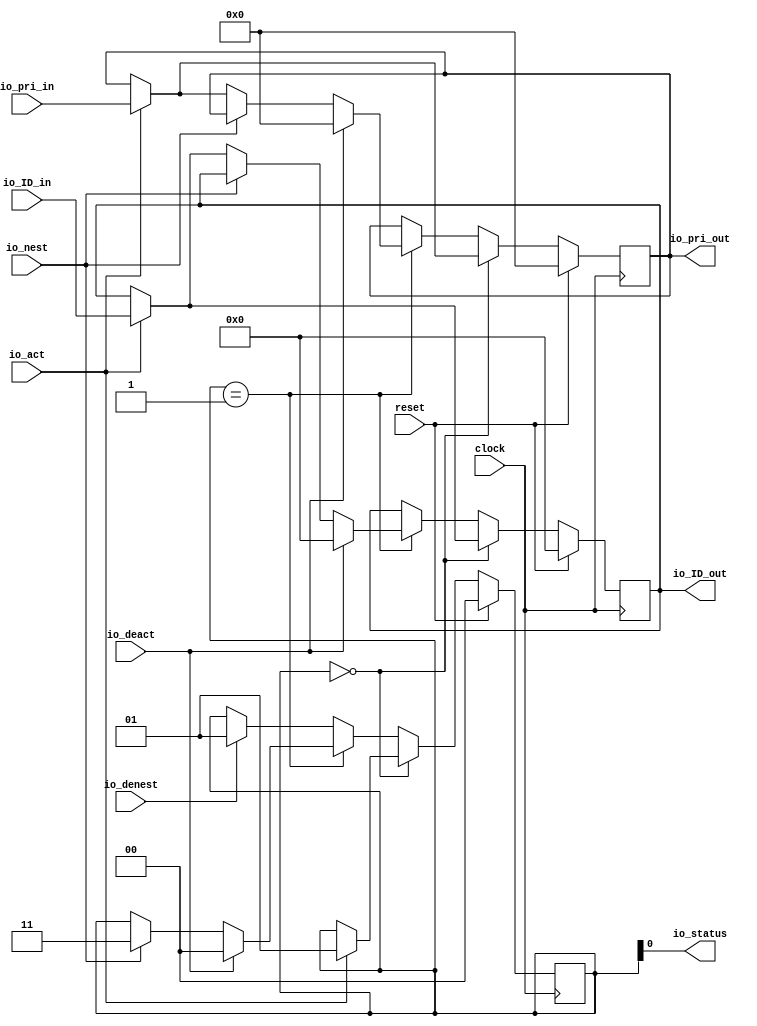
module Int_status(
  input        clock,
  input        reset,
  input  [4:0] io_pri_in,
  output [4:0] io_pri_out,
  input  [3:0] io_ID_in,
  output [3:0] io_ID_out,
  input        io_act,
  input        io_deact,
  input        io_nest,
  input        io_denest,
  output       io_status
);
`ifdef RANDOMIZE_REG_INIT
  reg [31:0] _RAND_0;
  reg [31:0] _RAND_1;
  reg [31:0] _RAND_2;
`endif // RANDOMIZE_REG_INIT
  reg [4:0] Priority; // @[Int_nesting.scala 6:23]
  reg [3:0] Int_ID; // @[Int_nesting.scala 7:21]
  reg [1:0] Status; // @[Int_nesting.scala 8:21]
  wire  _T = Status == 2'h0; // @[Int_nesting.scala 26:14]
  wire [4:0] _GEN_0 = io_act ? io_pri_in : Priority; // @[Int_nesting.scala 29:5 30:15 6:23]
  wire [3:0] _GEN_1 = io_act ? io_ID_in : Int_ID; // @[Int_nesting.scala 29:5 31:13 7:21]
  wire  _T_2 = Status == 2'h1; // @[Int_nesting.scala 34:20]
  wire [1:0] _GEN_5 = io_nest ? 2'h3 : Status; // @[Int_nesting.scala 42:5 43:13 8:21]
  wire [4:0] _GEN_6 = io_nest ? Priority : _GEN_0; // @[Int_nesting.scala 42:5 6:23]
  wire [3:0] _GEN_7 = io_nest ? Int_ID : _GEN_1; // @[Int_nesting.scala 42:5 7:21]
  assign io_pri_out = Priority; // @[Int_nesting.scala 22:13]
  assign io_ID_out = Int_ID; // @[Int_nesting.scala 23:12]
  assign io_status = Status[0]; // @[Int_nesting.scala 24:12]
  always @(posedge clock) begin
    if (reset) begin // @[Int_nesting.scala 6:23]
      Priority <= 5'h0; // @[Int_nesting.scala 6:23]
    end else if (_T) begin // @[Int_nesting.scala 27:3]
      if (io_act) begin // @[Int_nesting.scala 29:5]
        Priority <= io_pri_in; // @[Int_nesting.scala 30:15]
      end
    end else if (_T_2) begin // @[Int_nesting.scala 35:3]
      if (io_deact) begin // @[Int_nesting.scala 37:5]
        Priority <= 5'h0; // @[Int_nesting.scala 38:15]
      end else begin
        Priority <= _GEN_6;
      end
    end
    if (reset) begin // @[Int_nesting.scala 7:21]
      Int_ID <= 4'h0; // @[Int_nesting.scala 7:21]
    end else if (_T) begin // @[Int_nesting.scala 27:3]
      if (io_act) begin // @[Int_nesting.scala 29:5]
        Int_ID <= io_ID_in; // @[Int_nesting.scala 31:13]
      end
    end else if (_T_2) begin // @[Int_nesting.scala 35:3]
      if (io_deact) begin // @[Int_nesting.scala 37:5]
        Int_ID <= 4'h0; // @[Int_nesting.scala 39:13]
      end else begin
        Int_ID <= _GEN_7;
      end
    end
    if (reset) begin // @[Int_nesting.scala 8:21]
      Status <= 2'h0; // @[Int_nesting.scala 8:21]
    end else if (_T) begin // @[Int_nesting.scala 27:3]
      if (io_act) begin // @[Int_nesting.scala 29:5]
        Status <= 2'h1; // @[Int_nesting.scala 32:13]
      end
    end else if (_T_2) begin // @[Int_nesting.scala 35:3]
      if (io_deact) begin // @[Int_nesting.scala 37:5]
        Status <= 2'h0; // @[Int_nesting.scala 40:13]
      end else begin
        Status <= _GEN_5;
      end
    end else if (io_denest) begin // @[Int_nesting.scala 51:5]
      Status <= 2'h1; // @[Int_nesting.scala 52:13]
    end
  end
// Register and memory initialization
`ifdef RANDOMIZE_GARBAGE_ASSIGN
`define RANDOMIZE
`endif
`ifdef RANDOMIZE_INVALID_ASSIGN
`define RANDOMIZE
`endif
`ifdef RANDOMIZE_REG_INIT
`define RANDOMIZE
`endif
`ifdef RANDOMIZE_MEM_INIT
`define RANDOMIZE
`endif
`ifndef RANDOM
`define RANDOM $random
`endif
`ifdef RANDOMIZE_MEM_INIT
  integer initvar;
`endif
`ifndef SYNTHESIS
`ifdef FIRRTL_BEFORE_INITIAL
`FIRRTL_BEFORE_INITIAL
`endif
initial begin
  `ifdef RANDOMIZE
    `ifdef INIT_RANDOM
      `INIT_RANDOM
    `endif
    `ifndef VERILATOR
      `ifdef RANDOMIZE_DELAY
        #`RANDOMIZE_DELAY begin end
      `else
        #0.002 begin end
      `endif
    `endif
`ifdef RANDOMIZE_REG_INIT
  _RAND_0 = {1{`RANDOM}};
  Priority = _RAND_0[4:0];
  _RAND_1 = {1{`RANDOM}};
  Int_ID = _RAND_1[3:0];
  _RAND_2 = {1{`RANDOM}};
  Status = _RAND_2[1:0];
`endif // RANDOMIZE_REG_INIT
  `endif // RANDOMIZE
end // initial
`ifdef FIRRTL_AFTER_INITIAL
`FIRRTL_AFTER_INITIAL
`endif
`endif // SYNTHESIS
endmodule
module Int_nesting(
  input        clock,
  input        reset,
  output       io_empty,
  output [4:0] io_current_pri,
  input        io_nest_disable,
  output [4:0] io_nested_pri,
  input  [4:0] io_coming_pri,
  output       io_is_nesting,
  output [3:0] io_current_ID,
  input  [3:0] io_coming_ID,
  output [3:0] io_nested_ID,
  output       io_en_nest,
  output       io_de_nest,
  input        io_is_pending,
  input        io_int_fin
);
`ifdef RANDOMIZE_REG_INIT
  reg [31:0] _RAND_0;
`endif // RANDOMIZE_REG_INIT
  wire  Int_status_clock; // @[Int_nesting.scala 63:23]
  wire  Int_status_reset; // @[Int_nesting.scala 63:23]
  wire [4:0] Int_status_io_pri_in; // @[Int_nesting.scala 63:23]
  wire [4:0] Int_status_io_pri_out; // @[Int_nesting.scala 63:23]
  wire [3:0] Int_status_io_ID_in; // @[Int_nesting.scala 63:23]
  wire [3:0] Int_status_io_ID_out; // @[Int_nesting.scala 63:23]
  wire  Int_status_io_act; // @[Int_nesting.scala 63:23]
  wire  Int_status_io_deact; // @[Int_nesting.scala 63:23]
  wire  Int_status_io_nest; // @[Int_nesting.scala 63:23]
  wire  Int_status_io_denest; // @[Int_nesting.scala 63:23]
  wire  Int_status_io_status; // @[Int_nesting.scala 63:23]
  wire  Int_status_1_clock; // @[Int_nesting.scala 63:23]
  wire  Int_status_1_reset; // @[Int_nesting.scala 63:23]
  wire [4:0] Int_status_1_io_pri_in; // @[Int_nesting.scala 63:23]
  wire [4:0] Int_status_1_io_pri_out; // @[Int_nesting.scala 63:23]
  wire [3:0] Int_status_1_io_ID_in; // @[Int_nesting.scala 63:23]
  wire [3:0] Int_status_1_io_ID_out; // @[Int_nesting.scala 63:23]
  wire  Int_status_1_io_act; // @[Int_nesting.scala 63:23]
  wire  Int_status_1_io_deact; // @[Int_nesting.scala 63:23]
  wire  Int_status_1_io_nest; // @[Int_nesting.scala 63:23]
  wire  Int_status_1_io_denest; // @[Int_nesting.scala 63:23]
  wire  Int_status_1_io_status; // @[Int_nesting.scala 63:23]
  wire  Int_status_2_clock; // @[Int_nesting.scala 63:23]
  wire  Int_status_2_reset; // @[Int_nesting.scala 63:23]
  wire [4:0] Int_status_2_io_pri_in; // @[Int_nesting.scala 63:23]
  wire [4:0] Int_status_2_io_pri_out; // @[Int_nesting.scala 63:23]
  wire [3:0] Int_status_2_io_ID_in; // @[Int_nesting.scala 63:23]
  wire [3:0] Int_status_2_io_ID_out; // @[Int_nesting.scala 63:23]
  wire  Int_status_2_io_act; // @[Int_nesting.scala 63:23]
  wire  Int_status_2_io_deact; // @[Int_nesting.scala 63:23]
  wire  Int_status_2_io_nest; // @[Int_nesting.scala 63:23]
  wire  Int_status_2_io_denest; // @[Int_nesting.scala 63:23]
  wire  Int_status_2_io_status; // @[Int_nesting.scala 63:23]
  wire  Int_status_3_clock; // @[Int_nesting.scala 63:23]
  wire  Int_status_3_reset; // @[Int_nesting.scala 63:23]
  wire [4:0] Int_status_3_io_pri_in; // @[Int_nesting.scala 63:23]
  wire [4:0] Int_status_3_io_pri_out; // @[Int_nesting.scala 63:23]
  wire [3:0] Int_status_3_io_ID_in; // @[Int_nesting.scala 63:23]
  wire [3:0] Int_status_3_io_ID_out; // @[Int_nesting.scala 63:23]
  wire  Int_status_3_io_act; // @[Int_nesting.scala 63:23]
  wire  Int_status_3_io_deact; // @[Int_nesting.scala 63:23]
  wire  Int_status_3_io_nest; // @[Int_nesting.scala 63:23]
  wire  Int_status_3_io_denest; // @[Int_nesting.scala 63:23]
  wire  Int_status_3_io_status; // @[Int_nesting.scala 63:23]
  reg [1:0] StatusPtr; // @[Int_nesting.scala 65:24]
  wire  _io_empty_T = StatusPtr == 2'h0; // @[Int_nesting.scala 103:23]
  wire  _io_empty_T_2 = StatusPtr == 2'h0 & ~Int_status_io_status; // @[Int_nesting.scala 103:30]
  wire  _T = ~io_nest_disable; // @[Int_nesting.scala 112:23]
  wire  _T_7 = _io_empty_T & Int_status_io_status; // @[Int_nesting.scala 121:35]
  wire [4:0] _CurrentPri_T_2 = _io_empty_T ? 5'h1f : 5'h0; // @[Bitwise.scala 77:12]
  wire [4:0] _CurrentPri_T_3 = _CurrentPri_T_2 & Int_status_io_pri_out; // @[Int_nesting.scala 238:52]
  wire  _CurrentPri_T_4 = StatusPtr == 2'h1; // @[Int_nesting.scala 239:31]
  wire [4:0] _CurrentPri_T_6 = _CurrentPri_T_4 ? 5'h1f : 5'h0; // @[Bitwise.scala 77:12]
  wire [4:0] _CurrentPri_T_7 = _CurrentPri_T_6 & Int_status_1_io_pri_out; // @[Int_nesting.scala 239:40]
  wire [4:0] _CurrentPri_T_8 = _CurrentPri_T_3 | _CurrentPri_T_7; // @[Int_nesting.scala 238:78]
  wire  _CurrentPri_T_9 = StatusPtr == 2'h2; // @[Int_nesting.scala 240:31]
  wire [4:0] _CurrentPri_T_11 = _CurrentPri_T_9 ? 5'h1f : 5'h0; // @[Bitwise.scala 77:12]
  wire [4:0] _CurrentPri_T_12 = _CurrentPri_T_11 & Int_status_2_io_pri_out; // @[Int_nesting.scala 240:40]
  wire [4:0] _CurrentPri_T_13 = _CurrentPri_T_8 | _CurrentPri_T_12; // @[Int_nesting.scala 239:66]
  wire  _CurrentPri_T_14 = StatusPtr == 2'h3; // @[Int_nesting.scala 241:31]
  wire [4:0] _CurrentPri_T_16 = _CurrentPri_T_14 ? 5'h1f : 5'h0; // @[Bitwise.scala 77:12]
  wire [4:0] _CurrentPri_T_17 = _CurrentPri_T_16 & Int_status_3_io_pri_out; // @[Int_nesting.scala 241:40]
  wire [4:0] CurrentPri = _CurrentPri_T_13 | _CurrentPri_T_17; // @[Int_nesting.scala 240:66]
  wire  _T_11 = io_coming_pri[4:3] > CurrentPri[4:3]; // @[Int_nesting.scala 128:57]
  wire [1:0] _GEN_0 = _T_11 ? 2'h1 : StatusPtr; // @[Int_nesting.scala 129:9 130:20 65:24]
  wire [1:0] _GEN_1 = _T_11 ? 2'h2 : 2'h0; // @[Int_nesting.scala 129:9 131:20]
  wire [3:0] _GEN_3 = _T_11 ? io_coming_ID : 4'h0; // @[Int_nesting.scala 129:9 133:24]
  wire [4:0] _GEN_4 = _T_11 ? io_coming_pri : 5'h0; // @[Int_nesting.scala 129:9 134:26]
  wire [1:0] _GEN_5 = io_int_fin ? 2'h1 : _GEN_1; // @[Int_nesting.scala 124:9 125:20]
  wire [3:0] _GEN_6 = io_int_fin ? io_coming_ID : 4'h0; // @[Int_nesting.scala 124:9 126:25]
  wire [4:0] _GEN_7 = io_int_fin ? io_coming_pri : 5'h0; // @[Int_nesting.scala 124:9 127:26]
  wire [1:0] _GEN_8 = io_int_fin ? StatusPtr : _GEN_0; // @[Int_nesting.scala 124:9 65:24]
  wire  _GEN_9 = io_int_fin ? 1'h0 : _T_11; // @[Int_nesting.scala 124:9]
  wire [3:0] _GEN_10 = io_int_fin ? 4'h0 : _GEN_3; // @[Int_nesting.scala 124:9]
  wire [4:0] _GEN_11 = io_int_fin ? 5'h0 : _GEN_4; // @[Int_nesting.scala 124:9]
  wire [4:0] _NestedPri_T_3 = _CurrentPri_T_6 & Int_status_io_pri_out; // @[Int_nesting.scala 247:40]
  wire [4:0] _NestedPri_T_8 = _CurrentPri_T_11 & Int_status_1_io_pri_out; // @[Int_nesting.scala 248:40]
  wire [4:0] _NestedPri_T_9 = _NestedPri_T_3 | _NestedPri_T_8; // @[Int_nesting.scala 247:66]
  wire [4:0] _NestedPri_T_13 = _CurrentPri_T_16 & Int_status_2_io_pri_out; // @[Int_nesting.scala 249:40]
  wire [4:0] NestedPri = _NestedPri_T_9 | _NestedPri_T_13; // @[Int_nesting.scala 248:66]
  wire  _T_16 = io_coming_pri[4:3] > NestedPri[4:3]; // @[Int_nesting.scala 141:53]
  wire [3:0] _GEN_12 = _T_16 ? 4'h8 : 4'h0; // @[Int_nesting.scala 142:11 143:22]
  wire [3:0] _GEN_13 = _T_16 ? io_coming_ID : 4'h0; // @[Int_nesting.scala 142:11 144:26]
  wire [4:0] _GEN_14 = _T_16 ? io_coming_pri : 5'h0; // @[Int_nesting.scala 142:11 145:27]
  wire [3:0] _GEN_15 = _T_16 ? 4'h0 : 4'h8; // @[Int_nesting.scala 142:11 148:24]
  wire [2:0] _GEN_16 = _T_16 ? 3'h0 : 3'h4; // @[Int_nesting.scala 142:11 149:25]
  wire [1:0] _GEN_17 = _T_16 ? StatusPtr : 2'h2; // @[Int_nesting.scala 142:11 150:22 65:24]
  wire  _GEN_18 = _T_16 ? 1'h0 : 1'h1; // @[Int_nesting.scala 142:11 151:19]
  wire [3:0] _GEN_19 = io_int_fin ? _GEN_12 : 4'h0; // @[Int_nesting.scala 140:9]
  wire [3:0] _GEN_20 = io_int_fin ? _GEN_13 : 4'h0; // @[Int_nesting.scala 140:9]
  wire [4:0] _GEN_21 = io_int_fin ? _GEN_14 : 5'h0; // @[Int_nesting.scala 140:9]
  wire [3:0] _GEN_22 = io_int_fin ? _GEN_15 : 4'h0; // @[Int_nesting.scala 140:9]
  wire [2:0] _GEN_23 = io_int_fin ? _GEN_16 : 3'h0; // @[Int_nesting.scala 140:9]
  wire [1:0] _GEN_24 = io_int_fin ? _GEN_17 : StatusPtr; // @[Int_nesting.scala 140:9 65:24]
  wire  _GEN_25 = io_int_fin & _GEN_18; // @[Int_nesting.scala 140:9]
  wire [1:0] _GEN_26 = _T_16 ? 2'h2 : 2'h0; // @[Int_nesting.scala 159:11 160:22]
  wire [1:0] _GEN_29 = _T_16 ? 2'h0 : 2'h2; // @[Int_nesting.scala 159:11 165:24]
  wire [1:0] _GEN_31 = _T_16 ? StatusPtr : 2'h0; // @[Int_nesting.scala 159:11 167:23 65:24]
  wire [2:0] _GEN_34 = _T_11 ? 3'h4 : 3'h0; // @[Int_nesting.scala 173:11 176:22]
  wire [1:0] _GEN_37 = _T_11 ? 2'h2 : StatusPtr; // @[Int_nesting.scala 173:11 179:22 65:24]
  wire [2:0] _GEN_38 = io_int_fin ? {{1'd0}, _GEN_26} : _GEN_34; // @[Int_nesting.scala 157:9]
  wire [1:0] _GEN_41 = io_int_fin ? _GEN_29 : 2'h0; // @[Int_nesting.scala 157:9]
  wire [1:0] _GEN_43 = io_int_fin ? _GEN_31 : _GEN_37; // @[Int_nesting.scala 157:9]
  wire [1:0] _GEN_46 = io_int_fin ? 2'h0 : _GEN_1; // @[Int_nesting.scala 157:9]
  wire [2:0] _GEN_48 = _T_16 ? 3'h4 : 3'h0; // @[Int_nesting.scala 187:11 188:22]
  wire [3:0] _GEN_57 = _T_11 ? 4'h8 : 4'h0; // @[Int_nesting.scala 200:11 204:22]
  wire [1:0] _GEN_58 = _T_11 ? 2'h3 : StatusPtr; // @[Int_nesting.scala 200:11 205:22 65:24]
  wire [3:0] _GEN_60 = io_int_fin ? {{1'd0}, _GEN_48} : _GEN_57; // @[Int_nesting.scala 185:9]
  wire [1:0] _GEN_64 = io_int_fin ? _GEN_17 : _GEN_58; // @[Int_nesting.scala 185:9]
  wire [2:0] _GEN_68 = io_int_fin ? 3'h0 : _GEN_34; // @[Int_nesting.scala 185:9]
  wire [3:0] _GEN_70 = _CurrentPri_T_4 ? {{1'd0}, _GEN_38} : _GEN_60; // @[Int_nesting.scala 155:7]
  wire [3:0] _GEN_71 = _CurrentPri_T_4 ? _GEN_20 : 4'h0; // @[Int_nesting.scala 155:7]
  wire [4:0] _GEN_72 = _CurrentPri_T_4 ? _GEN_21 : 5'h0; // @[Int_nesting.scala 155:7]
  wire [2:0] _GEN_73 = _CurrentPri_T_4 ? {{1'd0}, _GEN_41} : _GEN_23; // @[Int_nesting.scala 155:7]
  wire  _GEN_74 = _CurrentPri_T_4 & _GEN_25; // @[Int_nesting.scala 155:7]
  wire [1:0] _GEN_75 = _CurrentPri_T_4 ? _GEN_43 : _GEN_64; // @[Int_nesting.scala 155:7]
  wire  _GEN_76 = _CurrentPri_T_4 ? _GEN_25 : _GEN_25; // @[Int_nesting.scala 155:7]
  wire [3:0] _GEN_77 = _CurrentPri_T_4 ? _GEN_10 : _GEN_20; // @[Int_nesting.scala 155:7]
  wire [4:0] _GEN_78 = _CurrentPri_T_4 ? _GEN_11 : _GEN_21; // @[Int_nesting.scala 155:7]
  wire [2:0] _GEN_79 = _CurrentPri_T_4 ? {{1'd0}, _GEN_46} : _GEN_68; // @[Int_nesting.scala 155:7]
  wire  _GEN_80 = _CurrentPri_T_4 ? _GEN_9 : _GEN_9; // @[Int_nesting.scala 155:7]
  wire [3:0] _GEN_81 = _CurrentPri_T_4 ? 4'h0 : _GEN_10; // @[Int_nesting.scala 155:7]
  wire [4:0] _GEN_82 = _CurrentPri_T_4 ? 5'h0 : _GEN_11; // @[Int_nesting.scala 155:7]
  wire [3:0] _GEN_83 = _CurrentPri_T_14 ? _GEN_19 : _GEN_70; // @[Int_nesting.scala 138:7]
  wire [3:0] _GEN_84 = _CurrentPri_T_14 ? _GEN_20 : _GEN_81; // @[Int_nesting.scala 138:7]
  wire [4:0] _GEN_85 = _CurrentPri_T_14 ? _GEN_21 : _GEN_82; // @[Int_nesting.scala 138:7]
  wire [3:0] _GEN_86 = _CurrentPri_T_14 ? _GEN_22 : {{1'd0}, _GEN_73}; // @[Int_nesting.scala 138:7]
  wire [2:0] _GEN_87 = _CurrentPri_T_14 ? _GEN_23 : {{2'd0}, _GEN_74}; // @[Int_nesting.scala 138:7]
  wire [1:0] _GEN_88 = _CurrentPri_T_14 ? _GEN_24 : _GEN_75; // @[Int_nesting.scala 138:7]
  wire  _GEN_89 = _CurrentPri_T_14 ? _GEN_25 : _GEN_76; // @[Int_nesting.scala 138:7]
  wire [3:0] _GEN_90 = _CurrentPri_T_14 ? 4'h0 : _GEN_71; // @[Int_nesting.scala 138:7]
  wire [4:0] _GEN_91 = _CurrentPri_T_14 ? 5'h0 : _GEN_72; // @[Int_nesting.scala 138:7]
  wire [3:0] _GEN_92 = _CurrentPri_T_14 ? 4'h0 : _GEN_77; // @[Int_nesting.scala 138:7]
  wire [4:0] _GEN_93 = _CurrentPri_T_14 ? 5'h0 : _GEN_78; // @[Int_nesting.scala 138:7]
  wire [2:0] _GEN_94 = _CurrentPri_T_14 ? 3'h0 : _GEN_79; // @[Int_nesting.scala 138:7]
  wire  _GEN_95 = _CurrentPri_T_14 ? 1'h0 : _GEN_80; // @[Int_nesting.scala 138:7]
  wire [3:0] _GEN_96 = _T_7 ? {{2'd0}, _GEN_5} : _GEN_83; // @[Int_nesting.scala 122:7]
  wire [3:0] _GEN_97 = _T_7 ? _GEN_6 : 4'h0; // @[Int_nesting.scala 122:7]
  wire [4:0] _GEN_98 = _T_7 ? _GEN_7 : 5'h0; // @[Int_nesting.scala 122:7]
  wire [1:0] _GEN_99 = _T_7 ? _GEN_8 : _GEN_88; // @[Int_nesting.scala 122:7]
  wire [2:0] _GEN_100 = _T_7 ? {{2'd0}, _GEN_9} : _GEN_94; // @[Int_nesting.scala 122:7]
  wire [3:0] _GEN_101 = _T_7 ? _GEN_10 : _GEN_90; // @[Int_nesting.scala 122:7]
  wire [4:0] _GEN_102 = _T_7 ? _GEN_11 : _GEN_91; // @[Int_nesting.scala 122:7]
  wire  _GEN_103 = _T_7 ? _GEN_9 : _GEN_95; // @[Int_nesting.scala 122:7]
  wire [3:0] _GEN_104 = _T_7 ? 4'h0 : _GEN_84; // @[Int_nesting.scala 122:7]
  wire [4:0] _GEN_105 = _T_7 ? 5'h0 : _GEN_85; // @[Int_nesting.scala 122:7]
  wire [3:0] _GEN_106 = _T_7 ? 4'h0 : _GEN_86; // @[Int_nesting.scala 122:7]
  wire [2:0] _GEN_107 = _T_7 ? 3'h0 : _GEN_87; // @[Int_nesting.scala 122:7]
  wire  _GEN_108 = _T_7 ? 1'h0 : _GEN_89; // @[Int_nesting.scala 122:7]
  wire [3:0] _GEN_109 = _T_7 ? 4'h0 : _GEN_92; // @[Int_nesting.scala 122:7]
  wire [4:0] _GEN_110 = _T_7 ? 5'h0 : _GEN_93; // @[Int_nesting.scala 122:7]
  wire [3:0] _GEN_111 = _io_empty_T_2 ? 4'h1 : _GEN_96; // @[Int_nesting.scala 117:7 118:18]
  wire [3:0] _GEN_112 = _io_empty_T_2 ? io_coming_ID : _GEN_97; // @[Int_nesting.scala 117:7 119:22]
  wire [4:0] _GEN_113 = _io_empty_T_2 ? io_coming_pri : _GEN_98; // @[Int_nesting.scala 117:7 120:23]
  wire [2:0] _GEN_115 = _io_empty_T_2 ? 3'h0 : _GEN_100; // @[Int_nesting.scala 117:7]
  wire [3:0] _GEN_116 = _io_empty_T_2 ? 4'h0 : _GEN_101; // @[Int_nesting.scala 117:7]
  wire [4:0] _GEN_117 = _io_empty_T_2 ? 5'h0 : _GEN_102; // @[Int_nesting.scala 117:7]
  wire  _GEN_118 = _io_empty_T_2 ? 1'h0 : _GEN_103; // @[Int_nesting.scala 117:7]
  wire [3:0] _GEN_119 = _io_empty_T_2 ? 4'h0 : _GEN_104; // @[Int_nesting.scala 117:7]
  wire [4:0] _GEN_120 = _io_empty_T_2 ? 5'h0 : _GEN_105; // @[Int_nesting.scala 117:7]
  wire [3:0] _GEN_121 = _io_empty_T_2 ? 4'h0 : _GEN_106; // @[Int_nesting.scala 117:7]
  wire [2:0] _GEN_122 = _io_empty_T_2 ? 3'h0 : _GEN_107; // @[Int_nesting.scala 117:7]
  wire  _GEN_123 = _io_empty_T_2 ? 1'h0 : _GEN_108; // @[Int_nesting.scala 117:7]
  wire [3:0] _GEN_124 = _io_empty_T_2 ? 4'h0 : _GEN_109; // @[Int_nesting.scala 117:7]
  wire [4:0] _GEN_125 = _io_empty_T_2 ? 5'h0 : _GEN_110; // @[Int_nesting.scala 117:7]
  wire [3:0] _StatusDeact_T_5 = {_CurrentPri_T_14,_CurrentPri_T_9,_CurrentPri_T_4,1'h0}; // @[Cat.scala 33:92]
  wire [3:0] _StatusDenest_T_5 = {1'h0,_CurrentPri_T_14,_CurrentPri_T_9,_CurrentPri_T_4}; // @[Cat.scala 33:92]
  wire [1:0] _StatusPtr_T_1 = StatusPtr - 2'h1; // @[Int_nesting.scala 219:29]
  wire [3:0] _GEN_126 = _io_empty_T ? 4'h1 : _StatusDeact_T_5; // @[Int_nesting.scala 213:7 214:20 217:21]
  wire [3:0] _GEN_127 = _io_empty_T ? 4'h0 : _StatusDenest_T_5; // @[Int_nesting.scala 213:7 218:22]
  wire [1:0] _GEN_128 = _io_empty_T ? StatusPtr : _StatusPtr_T_1; // @[Int_nesting.scala 213:7 219:18 65:24]
  wire [3:0] _GEN_129 = io_int_fin ? _GEN_126 : 4'h0; // @[Int_nesting.scala 211:5]
  wire [3:0] _GEN_130 = io_int_fin ? _GEN_127 : 4'h0; // @[Int_nesting.scala 211:5]
  wire [3:0] _GEN_132 = io_is_pending ? _GEN_111 : 4'h0; // @[Int_nesting.scala 115:5]
  wire [3:0] _GEN_133 = io_is_pending ? _GEN_112 : 4'h0; // @[Int_nesting.scala 115:5]
  wire [4:0] _GEN_134 = io_is_pending ? _GEN_113 : 5'h0; // @[Int_nesting.scala 115:5]
  wire [2:0] _GEN_136 = io_is_pending ? _GEN_115 : 3'h0; // @[Int_nesting.scala 115:5]
  wire [3:0] _GEN_137 = io_is_pending ? _GEN_116 : 4'h0; // @[Int_nesting.scala 115:5]
  wire [4:0] _GEN_138 = io_is_pending ? _GEN_117 : 5'h0; // @[Int_nesting.scala 115:5]
  wire  _GEN_139 = io_is_pending & _GEN_118; // @[Int_nesting.scala 115:5]
  wire [3:0] _GEN_140 = io_is_pending ? _GEN_119 : 4'h0; // @[Int_nesting.scala 115:5]
  wire [4:0] _GEN_141 = io_is_pending ? _GEN_120 : 5'h0; // @[Int_nesting.scala 115:5]
  wire [3:0] _GEN_142 = io_is_pending ? _GEN_121 : _GEN_129; // @[Int_nesting.scala 115:5]
  wire [3:0] _GEN_143 = io_is_pending ? {{1'd0}, _GEN_122} : _GEN_130; // @[Int_nesting.scala 115:5]
  wire  _GEN_144 = io_is_pending & _GEN_123; // @[Int_nesting.scala 115:5]
  wire [3:0] _GEN_145 = io_is_pending ? _GEN_124 : 4'h0; // @[Int_nesting.scala 115:5]
  wire [4:0] _GEN_146 = io_is_pending ? _GEN_125 : 5'h0; // @[Int_nesting.scala 115:5]
  wire [3:0] StatusAct = _T ? _GEN_132 : 4'h0; // @[Int_nesting.scala 113:3]
  wire [2:0] _GEN_151 = _T ? _GEN_136 : 3'h0; // @[Int_nesting.scala 113:3]
  wire [3:0] StatusDeact = _T ? _GEN_142 : 4'h0; // @[Int_nesting.scala 113:3]
  wire [3:0] StatusDenest = _T ? _GEN_143 : 4'h0; // @[Int_nesting.scala 113:3]
  wire [3:0] StatusNest = {{1'd0}, _GEN_151};
  wire [3:0] _CurrentID_T_2 = _io_empty_T ? 4'hf : 4'h0; // @[Bitwise.scala 77:12]
  wire [3:0] _CurrentID_T_3 = _CurrentID_T_2 & Int_status_io_ID_out; // @[Int_nesting.scala 234:48]
  wire [3:0] _CurrentID_T_6 = _CurrentPri_T_4 ? 4'hf : 4'h0; // @[Bitwise.scala 77:12]
  wire [3:0] _CurrentID_T_7 = _CurrentID_T_6 & Int_status_1_io_ID_out; // @[Int_nesting.scala 235:37]
  wire [3:0] _CurrentID_T_8 = _CurrentID_T_3 | _CurrentID_T_7; // @[Int_nesting.scala 234:73]
  wire [3:0] _CurrentID_T_11 = _CurrentPri_T_9 ? 4'hf : 4'h0; // @[Bitwise.scala 77:12]
  wire [3:0] _CurrentID_T_12 = _CurrentID_T_11 & Int_status_2_io_ID_out; // @[Int_nesting.scala 236:37]
  wire [3:0] _CurrentID_T_13 = _CurrentID_T_8 | _CurrentID_T_12; // @[Int_nesting.scala 235:62]
  wire [3:0] _CurrentID_T_16 = _CurrentPri_T_14 ? 4'hf : 4'h0; // @[Bitwise.scala 77:12]
  wire [3:0] _CurrentID_T_17 = _CurrentID_T_16 & Int_status_3_io_ID_out; // @[Int_nesting.scala 237:37]
  wire [3:0] _NestedID_T_3 = _CurrentID_T_6 & Int_status_io_ID_out; // @[Int_nesting.scala 243:37]
  wire [3:0] _NestedID_T_8 = _CurrentID_T_11 & Int_status_1_io_ID_out; // @[Int_nesting.scala 244:37]
  wire [3:0] _NestedID_T_9 = _NestedID_T_3 | _NestedID_T_8; // @[Int_nesting.scala 243:62]
  wire [3:0] _NestedID_T_13 = _CurrentID_T_16 & Int_status_2_io_ID_out; // @[Int_nesting.scala 245:37]
  Int_status Int_status ( // @[Int_nesting.scala 63:23]
    .clock(Int_status_clock),
    .reset(Int_status_reset),
    .io_pri_in(Int_status_io_pri_in),
    .io_pri_out(Int_status_io_pri_out),
    .io_ID_in(Int_status_io_ID_in),
    .io_ID_out(Int_status_io_ID_out),
    .io_act(Int_status_io_act),
    .io_deact(Int_status_io_deact),
    .io_nest(Int_status_io_nest),
    .io_denest(Int_status_io_denest),
    .io_status(Int_status_io_status)
  );
  Int_status Int_status_1 ( // @[Int_nesting.scala 63:23]
    .clock(Int_status_1_clock),
    .reset(Int_status_1_reset),
    .io_pri_in(Int_status_1_io_pri_in),
    .io_pri_out(Int_status_1_io_pri_out),
    .io_ID_in(Int_status_1_io_ID_in),
    .io_ID_out(Int_status_1_io_ID_out),
    .io_act(Int_status_1_io_act),
    .io_deact(Int_status_1_io_deact),
    .io_nest(Int_status_1_io_nest),
    .io_denest(Int_status_1_io_denest),
    .io_status(Int_status_1_io_status)
  );
  Int_status Int_status_2 ( // @[Int_nesting.scala 63:23]
    .clock(Int_status_2_clock),
    .reset(Int_status_2_reset),
    .io_pri_in(Int_status_2_io_pri_in),
    .io_pri_out(Int_status_2_io_pri_out),
    .io_ID_in(Int_status_2_io_ID_in),
    .io_ID_out(Int_status_2_io_ID_out),
    .io_act(Int_status_2_io_act),
    .io_deact(Int_status_2_io_deact),
    .io_nest(Int_status_2_io_nest),
    .io_denest(Int_status_2_io_denest),
    .io_status(Int_status_2_io_status)
  );
  Int_status Int_status_3 ( // @[Int_nesting.scala 63:23]
    .clock(Int_status_3_clock),
    .reset(Int_status_3_reset),
    .io_pri_in(Int_status_3_io_pri_in),
    .io_pri_out(Int_status_3_io_pri_out),
    .io_ID_in(Int_status_3_io_ID_in),
    .io_ID_out(Int_status_3_io_ID_out),
    .io_act(Int_status_3_io_act),
    .io_deact(Int_status_3_io_deact),
    .io_nest(Int_status_3_io_nest),
    .io_denest(Int_status_3_io_denest),
    .io_status(Int_status_3_io_status)
  );
  assign io_empty = StatusPtr == 2'h0 & ~Int_status_io_status; // @[Int_nesting.scala 103:30]
  assign io_current_pri = _CurrentPri_T_13 | _CurrentPri_T_17; // @[Int_nesting.scala 240:66]
  assign io_nested_pri = _NestedPri_T_9 | _NestedPri_T_13; // @[Int_nesting.scala 248:66]
  assign io_is_nesting = StatusPtr != 2'h0; // @[Int_nesting.scala 106:28]
  assign io_current_ID = _CurrentID_T_13 | _CurrentID_T_17; // @[Int_nesting.scala 236:62]
  assign io_nested_ID = _NestedID_T_9 | _NestedID_T_13; // @[Int_nesting.scala 244:62]
  assign io_en_nest = _T & _GEN_139; // @[Int_nesting.scala 113:3]
  assign io_de_nest = _T & _GEN_144; // @[Int_nesting.scala 113:3]
  assign Int_status_clock = clock;
  assign Int_status_reset = reset;
  assign Int_status_io_pri_in = _T ? _GEN_134 : 5'h0; // @[Int_nesting.scala 113:3]
  assign Int_status_io_ID_in = _T ? _GEN_133 : 4'h0; // @[Int_nesting.scala 113:3]
  assign Int_status_io_act = StatusAct[0]; // @[Int_nesting.scala 225:34]
  assign Int_status_io_deact = StatusDeact[0]; // @[Int_nesting.scala 226:38]
  assign Int_status_io_nest = StatusNest[0]; // @[Int_nesting.scala 227:36]
  assign Int_status_io_denest = StatusDenest[0]; // @[Int_nesting.scala 228:40]
  assign Int_status_1_clock = clock;
  assign Int_status_1_reset = reset;
  assign Int_status_1_io_pri_in = _T ? _GEN_138 : 5'h0; // @[Int_nesting.scala 113:3]
  assign Int_status_1_io_ID_in = _T ? _GEN_137 : 4'h0; // @[Int_nesting.scala 113:3]
  assign Int_status_1_io_act = StatusAct[1]; // @[Int_nesting.scala 225:34]
  assign Int_status_1_io_deact = StatusDeact[1]; // @[Int_nesting.scala 226:38]
  assign Int_status_1_io_nest = StatusNest[1]; // @[Int_nesting.scala 227:36]
  assign Int_status_1_io_denest = StatusDenest[1]; // @[Int_nesting.scala 228:40]
  assign Int_status_2_clock = clock;
  assign Int_status_2_reset = reset;
  assign Int_status_2_io_pri_in = _T ? _GEN_146 : 5'h0; // @[Int_nesting.scala 113:3]
  assign Int_status_2_io_ID_in = _T ? _GEN_145 : 4'h0; // @[Int_nesting.scala 113:3]
  assign Int_status_2_io_act = StatusAct[2]; // @[Int_nesting.scala 225:34]
  assign Int_status_2_io_deact = StatusDeact[2]; // @[Int_nesting.scala 226:38]
  assign Int_status_2_io_nest = StatusNest[2]; // @[Int_nesting.scala 227:36]
  assign Int_status_2_io_denest = StatusDenest[2]; // @[Int_nesting.scala 228:40]
  assign Int_status_3_clock = clock;
  assign Int_status_3_reset = reset;
  assign Int_status_3_io_pri_in = _T ? _GEN_141 : 5'h0; // @[Int_nesting.scala 113:3]
  assign Int_status_3_io_ID_in = _T ? _GEN_140 : 4'h0; // @[Int_nesting.scala 113:3]
  assign Int_status_3_io_act = StatusAct[3]; // @[Int_nesting.scala 225:34]
  assign Int_status_3_io_deact = StatusDeact[3]; // @[Int_nesting.scala 226:38]
  assign Int_status_3_io_nest = StatusNest[3]; // @[Int_nesting.scala 227:36]
  assign Int_status_3_io_denest = StatusDenest[3]; // @[Int_nesting.scala 228:40]
  always @(posedge clock) begin
    if (reset) begin // @[Int_nesting.scala 65:24]
      StatusPtr <= 2'h0; // @[Int_nesting.scala 65:24]
    end else if (_T) begin // @[Int_nesting.scala 113:3]
      if (io_is_pending) begin // @[Int_nesting.scala 115:5]
        if (!(_io_empty_T_2)) begin // @[Int_nesting.scala 117:7]
          StatusPtr <= _GEN_99;
        end
      end else if (io_int_fin) begin // @[Int_nesting.scala 211:5]
        StatusPtr <= _GEN_128;
      end
    end
  end
// Register and memory initialization
`ifdef RANDOMIZE_GARBAGE_ASSIGN
`define RANDOMIZE
`endif
`ifdef RANDOMIZE_INVALID_ASSIGN
`define RANDOMIZE
`endif
`ifdef RANDOMIZE_REG_INIT
`define RANDOMIZE
`endif
`ifdef RANDOMIZE_MEM_INIT
`define RANDOMIZE
`endif
`ifndef RANDOM
`define RANDOM $random
`endif
`ifdef RANDOMIZE_MEM_INIT
  integer initvar;
`endif
`ifndef SYNTHESIS
`ifdef FIRRTL_BEFORE_INITIAL
`FIRRTL_BEFORE_INITIAL
`endif
initial begin
  `ifdef RANDOMIZE
    `ifdef INIT_RANDOM
      `INIT_RANDOM
    `endif
    `ifndef VERILATOR
      `ifdef RANDOMIZE_DELAY
        #`RANDOMIZE_DELAY begin end
      `else
        #0.002 begin end
      `endif
    `endif
`ifdef RANDOMIZE_REG_INIT
  _RAND_0 = {1{`RANDOM}};
  StatusPtr = _RAND_0[1:0];
`endif // RANDOMIZE_REG_INIT
  `endif // RANDOMIZE
end // initial
`ifdef FIRRTL_AFTER_INITIAL
`FIRRTL_AFTER_INITIAL
`endif
`endif // SYNTHESIS
endmodule